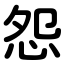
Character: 怨